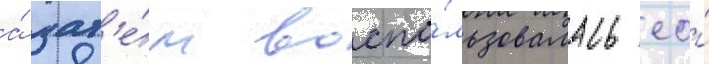
а́ зат'е́м воспо́льзовалась ео́